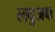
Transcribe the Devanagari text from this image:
लघुअक्ष